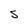
Character: s